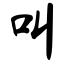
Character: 叫